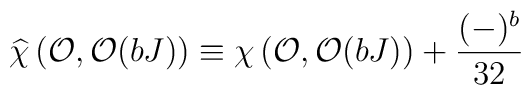
\widehat{\chi}\left({\cal O},{\cal O}(bJ)\right) \equiv \chi\left({\cal O},{\cal O}(bJ)\right)+{{(-)^b}\over{32}}